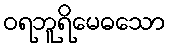
ဝရဘူရိမေဓသော